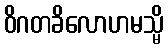
ဝိဂတခိလောဟမသ္မိ